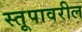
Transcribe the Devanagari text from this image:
स्तूपावरील